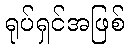
ရုပ်ရှင်အဖြစ်